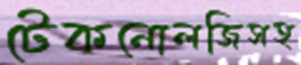
টেকনোলজিসহ